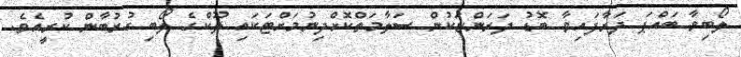
ލޯބިވާ ބައްޕަ ދަރާފައިވާ ބޮޑު ދަރަންޏަކުން ސަލާމަތްކޮށްދިނުމަށްޓަކައި ލޫކްގެ ލޯބި ގުރުބާން ކުރީއެވެ.